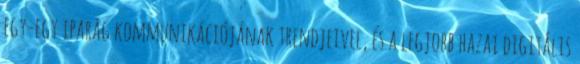
egy-egy iparág kommunikációjának trendjeivel, és a legjobb hazai digitális